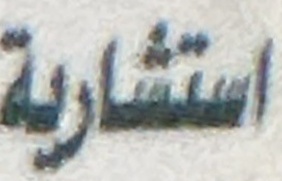
استشارية